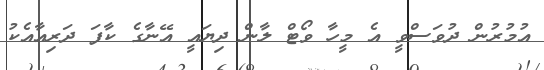
އުމުރުން ދުވަސްވީ އެ މީހާ ވޯޓް ލާން ދިޔައީ އޭނާގެ ކާފަ ދަރިއާއެކު